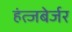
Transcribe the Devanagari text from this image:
हंत्जबेर्जर